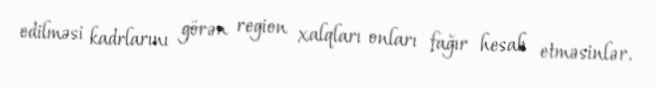
edilməsi kadrlarını görən region xalqları onları fağır hesab etməsinlər.